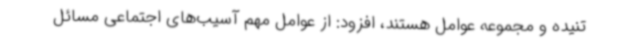
تنیده و مجموعه عوامل هستند، افزود: از عوامل مهم آسیب‌های اجتماعی مسائل